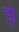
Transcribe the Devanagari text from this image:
ड्रो